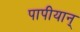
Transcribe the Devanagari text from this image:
पापीयान्‌